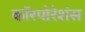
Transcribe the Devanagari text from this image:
कॉरपोरेशंस